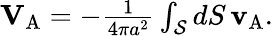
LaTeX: \begin{array}{r}{\mathbf{V}_{\mathrm{A}}=-\frac{1}{4\pi a^{2}}\int_{\mathcal{S}}dS\, \mathbf{v}_{\mathrm{A}}.}\end{array}